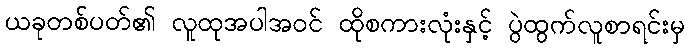
ယခုတစ်ပတ်၏ လူထုအပါအဝင် ထိုစကားလုံးနှင့် ပွဲထွက်လူစာရင်းမှ